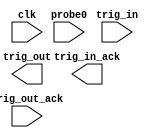
module ila_0 (
clk,
trig_out,
trig_out_ack,
trig_in,
trig_in_ack,
probe0
);

input clk;
output trig_out;
input trig_out_ack;
input trig_in;
output trig_in_ack;
input [0 : 0] probe0;


endmodule